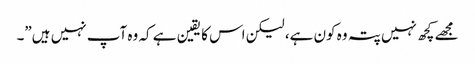
مجھے کچھ نہیں پتہ وہ کون ہے، لیکن اس کا یقین ہے کہ وہ آپ نہیں ہیں”۔